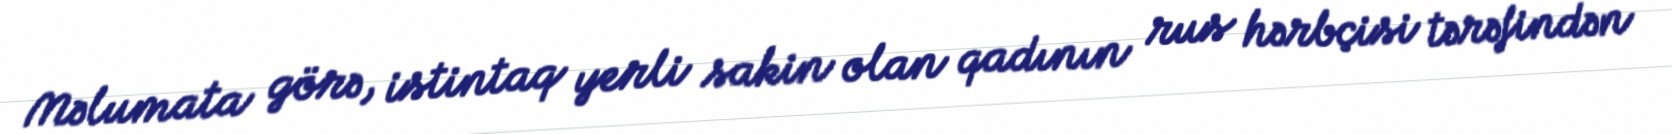
Məlumata görə, istintaq yerli sakin olan qadının rus hərbçisi tərəfindən